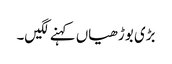
بڑی بوڑھیاں کہنے لگیں۔